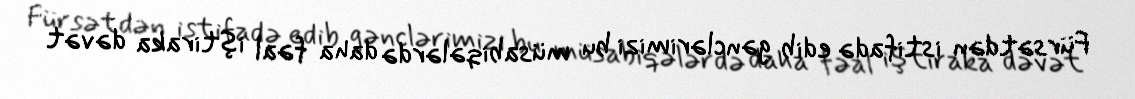
Fürsətdən istifadə edib gənclərimizi bu müsabiqələrdə daha fəal iştiraka dəvət